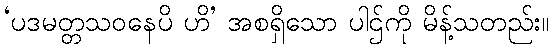
‘ပဒမတ္တသဝနေပိ ဟိ’ အစရှိသော ပါဌ်ကို မိန့်သတည်း။